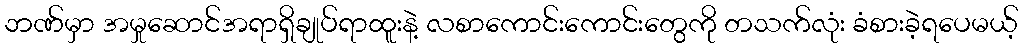
ဘဏ်မှာ အမှုဆောင်အရာရှိချုပ်ရာထူးနဲ့ လစာကောင်းကောင်းတွေကို တသက်လုံး ခံစားခဲ့ရပေမယ့်